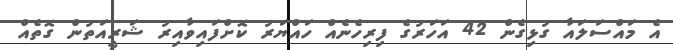
އެ މައްސަލައާ ގުޅިގެން 42 އަހަރުގެ ފިރިހެނެއް ހައްޔަރު ކޮށްފައިވާއިރު ޝަރީއަތުން ގޮތެއް